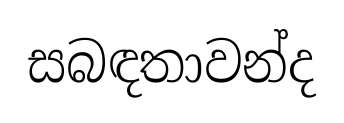
සබඳතාවන්ද